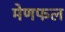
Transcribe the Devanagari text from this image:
मेणफल